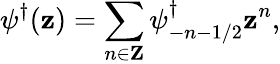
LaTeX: \psi^{\dagger}(\mathbf{z})=\sum_{n\in{\mathbf{Z}}}\psi_{-n-1/2}^{\dagger}\mathbf{z}^{n},